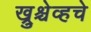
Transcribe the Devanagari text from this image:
ख्रुश्चेव्हचे